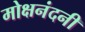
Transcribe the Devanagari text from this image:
मोक्षनंदनी